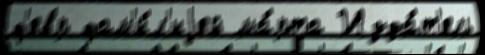
ф'евр фам'и́л'иjей ма́рта Изда́т'ель